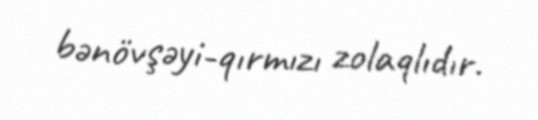
bənövşəyi-qırmızı zolaqlıdır.